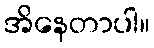
အိနေတာပါ။